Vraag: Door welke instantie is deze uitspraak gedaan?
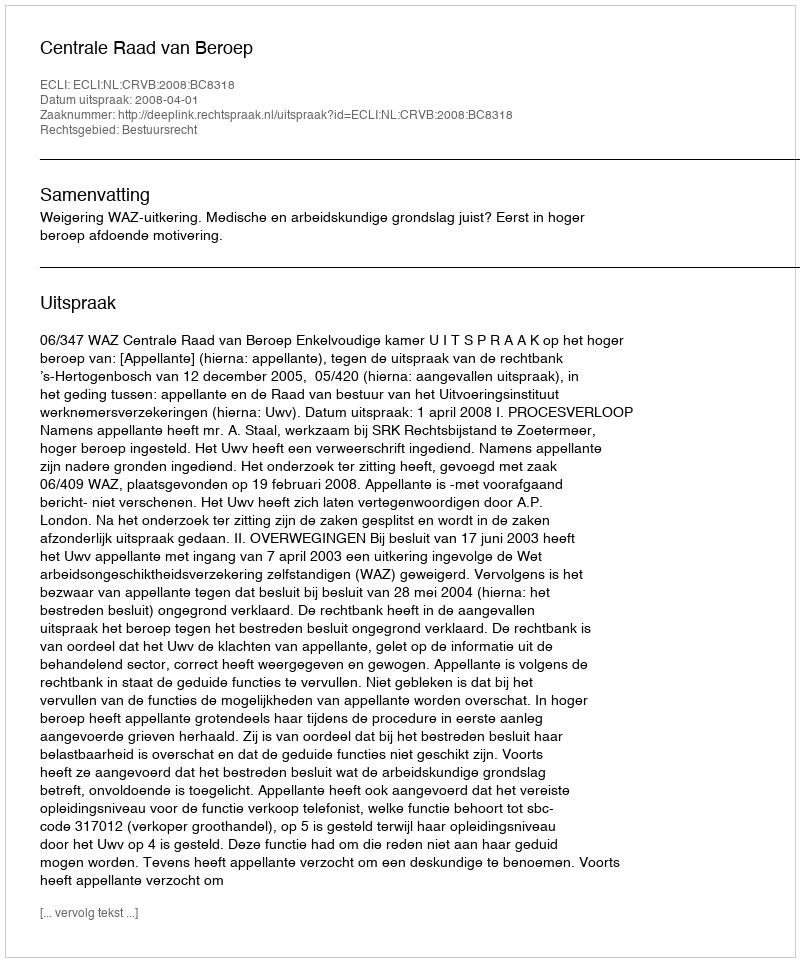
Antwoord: Centrale Raad van Beroep